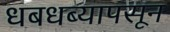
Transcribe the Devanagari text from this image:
धबधब्यापसून